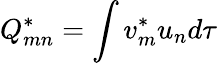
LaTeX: Q_{mn}^{*}=\int v_{m}^{*}u_{n}d\tau